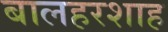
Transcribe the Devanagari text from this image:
बालहरशाह